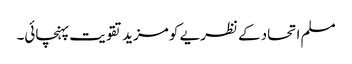
مسلم اتحاد کے نظریے کو مزید تقویت پہنچائی۔